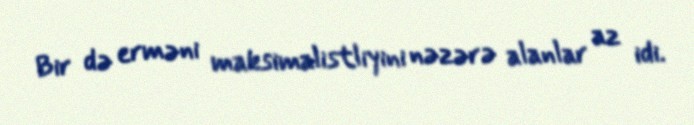
Bir də erməni maksimalistliyini nəzərə alanlar az idi.